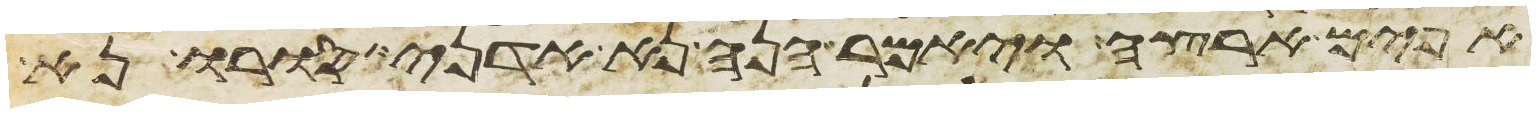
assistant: אפים ארצה ויאמר הנה נא אדני סורו נא